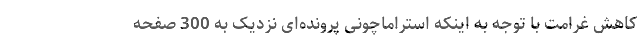
کاهش غرامت با توجه به اینکه استراماچونی پرونده‌ای نزدیک به 300 صفحه